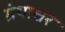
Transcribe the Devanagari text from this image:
ग्रंथाक्षर